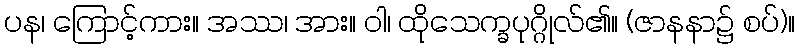
ပန၊ ကြောင့်ကား။ အဿ၊ အား။ ဝါ၊ ထိုသေက္ခပုဂ္ဂိုလ်၏။ (ဇာနနာ၌ စပ်)။